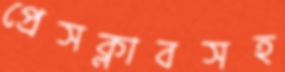
প্রেসক্লাবসহ